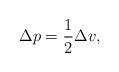
LaTeX: \begin{align*}\Delta p =\frac{1}{2} \Delta v,\end{align*}